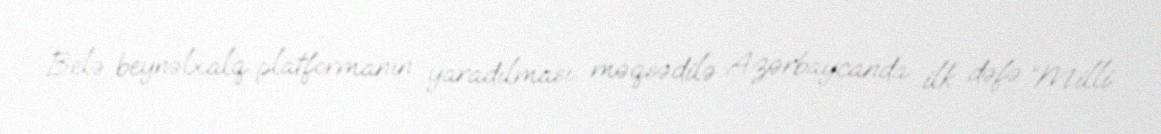
Belə beynəlxalq platformanın yaradılması məqsədilə Azərbaycanda ilk dəfə “Milli